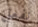
نفعل